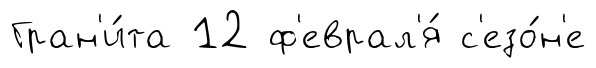
Гран'и́та 12 ф'еврал'я́ с'езо́н'е